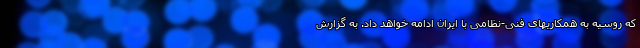
که روسیه به همکاریهای فنی-نظامی با ایران ادامه خواهد داد. به گزارش